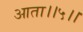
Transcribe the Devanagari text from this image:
आता।।५।।